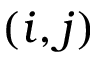
( i , j )